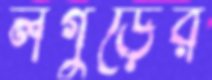
লগুড়ের